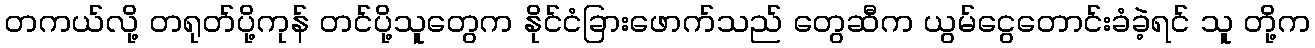
တကယ်လို့ တရုတ်ပို့ကုန် တင်ပို့သူတွေက နိုင်ငံခြားဖောက်သည် တွေဆီက ယွမ်ငွေတောင်းခံခဲ့ရင် သူ တို့က